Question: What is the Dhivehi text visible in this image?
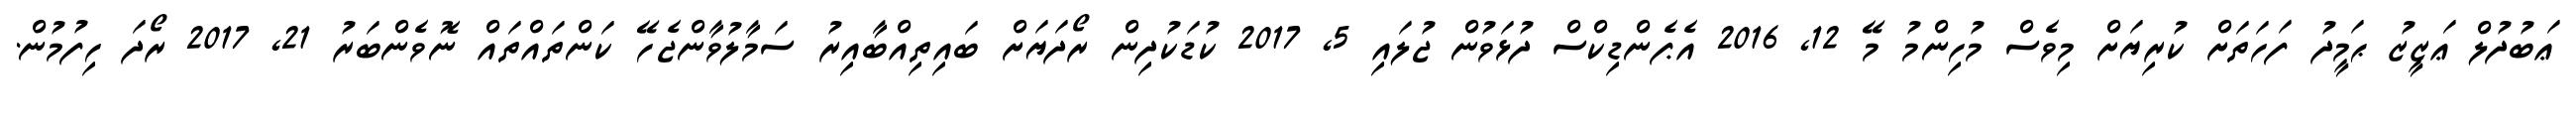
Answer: ޢަބުދުލް ޢަޒީޒު ޙަމީދު ފަހަތަށް ކުރިޔަށް މިވެސް މުހިންމު މޭ 12, 2016 އެޕެންޑިކްސް ދުޅަވުން ޖުލައި 5, 2017 ކުޑަކުދިން ރޯދަޔަށް ބައިތިއްބާއިރު ސަމާލުވާންޖެހޭ ކަންތައްތައް ނޮވެންބަރު 21, 2017 ރޯދަ ހިފުމުން.